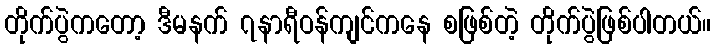
တိုက်ပွဲကတော့ ဒီမနက် ၇နာရီဝန်ကျင်ကနေ စဖြစ်တဲ့ တိုက်ပွဲဖြစ်ပါတယ်။